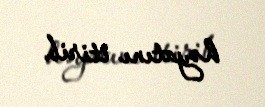
həyatını itirib.